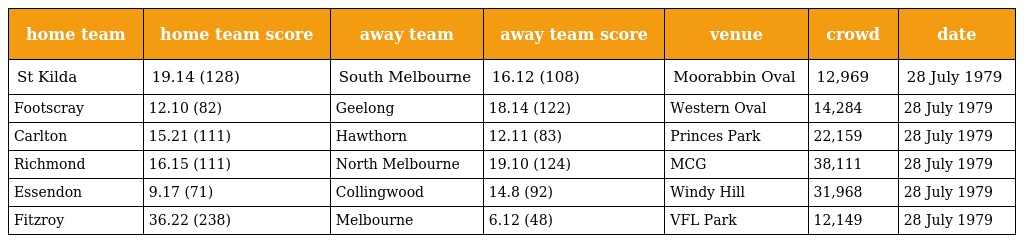
| home team | home team score | away team | away team score | venue | crowd | date |
 | --- | --- | --- | --- | --- | --- | --- |
 | St Kilda | 19.14 (128) | South Melbourne | 16.12 (108) | Moorabbin Oval | 12,969 | 28 July 1979 |
 | Footscray | 12.10 (82) | Geelong | 18.14 (122) | Western Oval | 14,284 | 28 July 1979 |
 | Carlton | 15.21 (111) | Hawthorn | 12.11 (83) | Princes Park | 22,159 | 28 July 1979 |
 | Richmond | 16.15 (111) | North Melbourne | 19.10 (124) | MCG | 38,111 | 28 July 1979 |
 | Essendon | 9.17 (71) | Collingwood | 14.8 (92) | Windy Hill | 31,968 | 28 July 1979 |
 | Fitzroy | 36.22 (238) | Melbourne | 6.12 (48) | VFL Park | 12,149 | 28 July 1979 |